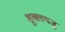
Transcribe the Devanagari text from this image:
शुक्लयजु